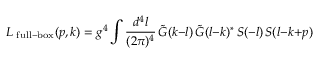
L _ { \mathrm { \scriptsize ~ f u l l - b o x } } ( p , k ) = g ^ { 4 } \int { \frac { d ^ { 4 } l } { ( 2 \pi ) ^ { 4 } } } \, \tilde { G } ( k { - } l ) \, \tilde { G } ( l { - } k ) ^ { * } \, S ( - l ) \, S ( l { - } k { + } p ) \;